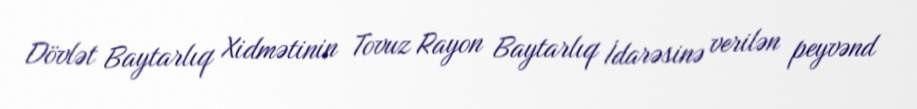
Dövlət Baytarlıq Xidmətinin Tovuz Rayon Baytarlıq İdarəsinə verilən peyvənd